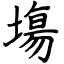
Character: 塲